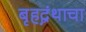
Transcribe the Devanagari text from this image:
बृहद्ग्रंथाचा